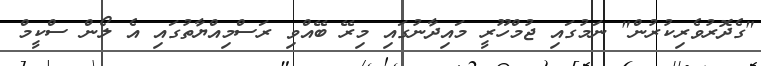
"ގެދޮރުވެރިކުރުން" ނަމުގައި ޖުމްހޫރީ މައިދާނުގައި މިރޭ ބޭއްވި ރަސްމިއްޔާތުގައި އެ ލޯން ސްކީމް